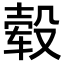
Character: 毂